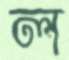
ল